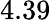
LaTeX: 4.39